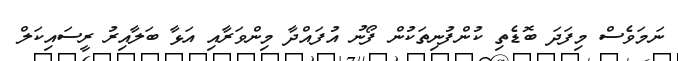
ނަމަވެސް މިފަދަ ބޮޑެތި ކުންފުނިތަކުން ފޯނު އުފައްދާ މިންވަރާއި އަޅާ ބަލާއިރު ރީސައިކަލް